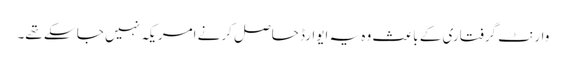
وارنٹ گرفتاری کے باعث وہ یہ ایوارڈ حاصل کرنے امریکہ نہیں جا سکے تھے۔